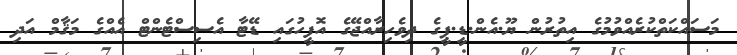
މަސައްކަތްކުރެއްވުމުގެ އިތުރުން ޔޫ.އެން.ޑީ.ޕީގެ ދިވެހިރާއްޖޭގެ އޮފީހުގައި ޑޭޓާ އެސިސްޓެންޓް އެއްގެ މަޤާމް އަދި